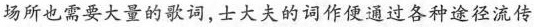
场所也需要大量的歌词，士大夫的词作便通过各种途径流传